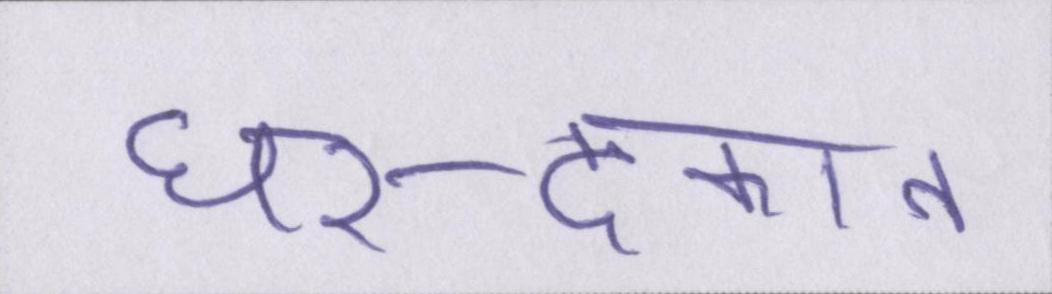
घर-दूकान